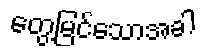
တွေ့မြင်သောအခါ